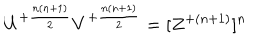
U ^ { + { \frac { n ( n + 1 ) } { 2 } } } V ^ { + { \frac { n ( n + 1 ) } { 2 } } } = [ Z ^ { + { ( n + 1 ) } } ] ^ { n }